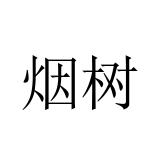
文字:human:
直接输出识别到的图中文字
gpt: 烟树